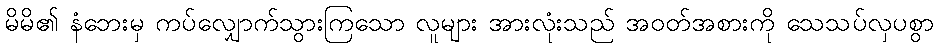
မိမိ၏ နံဘေးမှ ကပ်လျှောက်သွားကြသော လူများ အားလုံးသည် အဝတ်အစားကို သေသပ်လှပစွာ